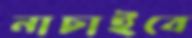
নাচাইবে